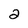
Character: 2